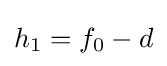
h_{1}=f_{0}-d